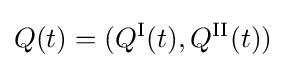
Q(t)=(Q^{\text{I}}(t),Q^{\text{II}}(t))